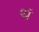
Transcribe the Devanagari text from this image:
थं